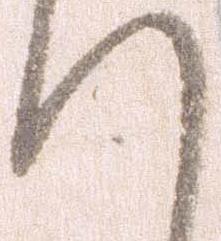
へ